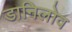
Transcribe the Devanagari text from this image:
डानिलोव